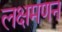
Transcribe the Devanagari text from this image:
लक्षमणन